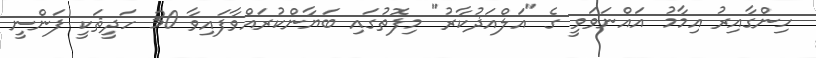
ހިންގާއިރު އިމާމު އައްނަވަވީ ގެ "އަލްއަޛުކާރު" މިފޮތުގައި ބަޔާންކުރައްވާފައިވާ 30 ހަދީޘަކީ ފަންނީ